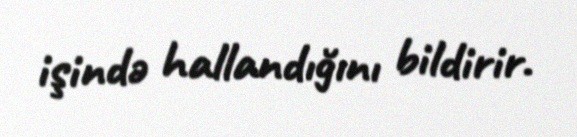
işində hallandığını bildirir.